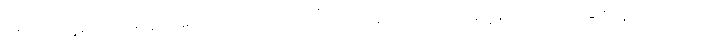
ဖြစ်သည်ဟူ၍ကား အခိုင်အမာ ယုံကြည်လျက် သို့သော် သူသည် ကပ္ပတိန်ဂျွန်ကိုတော့ အခြား လူများ အပေါ်